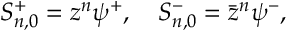
S _ { n , 0 } ^ { + } = z ^ { n } \psi ^ { + } , \quad S _ { n , 0 } ^ { - } = \bar { z } ^ { n } \psi ^ { - } ,